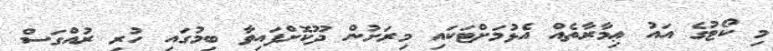
މި ކޯޓުގެ އައު ޢިމާރާތެއް އެޅުމަށްޓަކައި މިރަށުން ދޫކޮށްފައިވާ ބިމުގައި ހުރި ރުއްގަސް